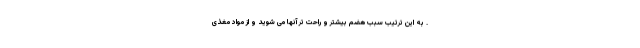
. به این ترتیب سبب هضم بیشتر و راحت تر آنها می شوید و از مواد مغذی